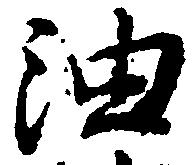
油